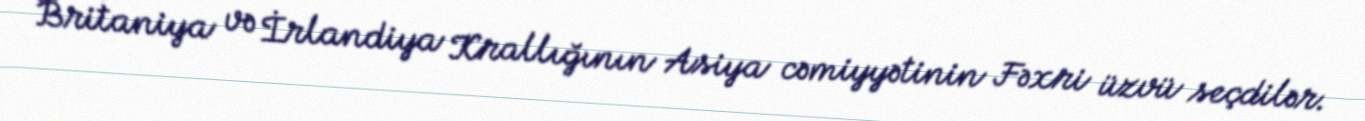
Britaniya və İrlandiya Krallığının Asiya cəmiyyətinin Fəxri üzvü seçdilər.